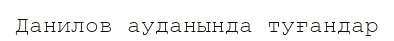
Данилов ауданында туғандар